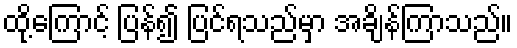
ထို့ကြောင့် ပြန်၍ ပြင်ရသည်မှာ အချိန်ကြာသည်။